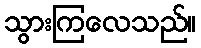
သွားကြလေသည်။